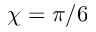
\chi = \pi / 6